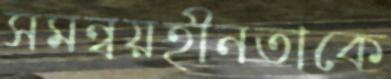
সমন্বয়হীনতাকে